Problem: 46 + 44 = ?
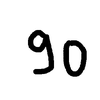
Handwritten answer: 90